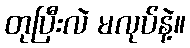
တုပြီးလဲ မလုပ်နဲ့။